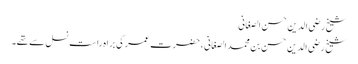
شیخ رضی الدین حسن الصغانی
شیخ رضی الدین حسن بن محمد الصغانی ، حضرت عمر کی براہ راست نسل سے تھے۔